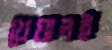
খেয়ালই